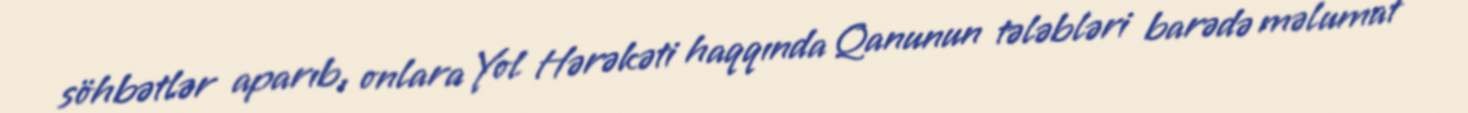
söhbətlər aparıb, onlara Yol Hərəkəti haqqında Qanunun tələbləri barədə məlumat